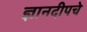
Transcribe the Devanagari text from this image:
ज्ञानदीपचे